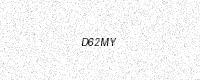
Text: D62MY